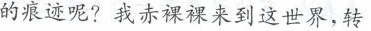
的痕迹呢?我赤裸裸来到这世界，转